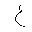
Letter: _ayn